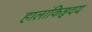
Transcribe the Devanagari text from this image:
हालांकिहृदय